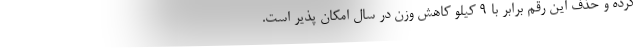
کرده و حذف این رقم برابر با ۹ کیلو کاهش وزن در سال امکان پذیر است.